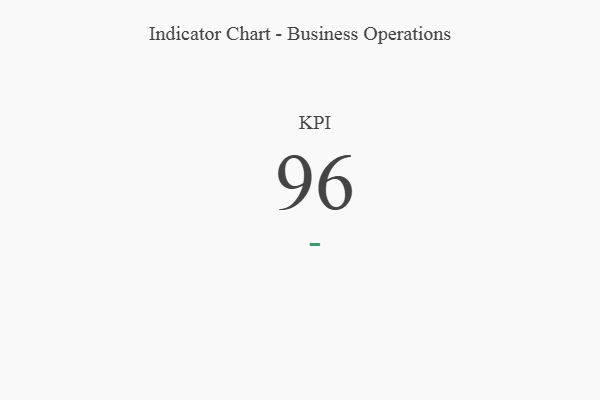
{"axis": {"x": "KPI", "y": "Value"}, "legend": [""], "data": [{"x": "KPI", "y": 96, "type": ""}]}